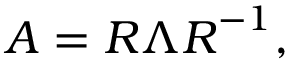
\boldsymbol { A } = \boldsymbol { R } \boldsymbol { \Lambda } \boldsymbol { R } ^ { - 1 } ,